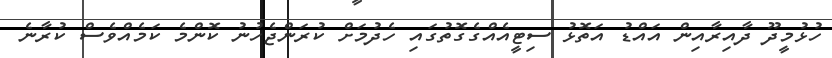
ހުޅުމީދޫ ދާއިރާއިން އައްޑު އަތޮޅު ސިޓީއެއްގެގޮތުގައި ހެދުމަށް ކުރަންޖެހުނު ކޮންމެ ކަމެއްވެސް ކުރާނެ